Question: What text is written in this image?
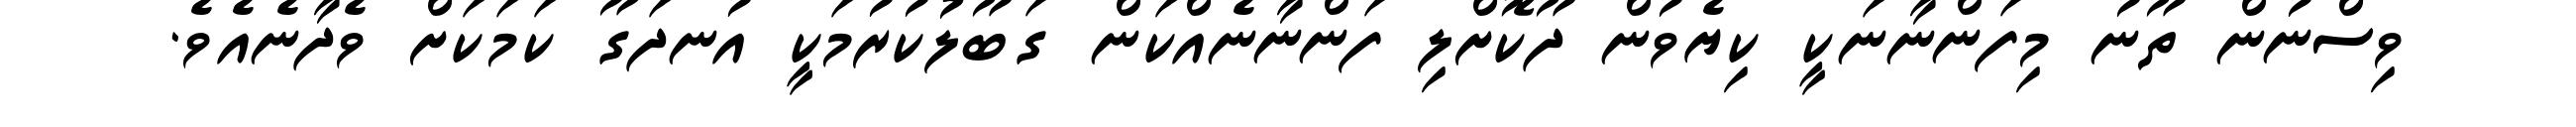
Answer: ވިސްނުން ތޫނު މިފަންނާނަކީ ކިޔެވުން ދޫކޮށްލި ފަންނާނެއްކަން ގަބޫލުކުރުމަކީ އުނދަގޫ ކަމަކަށް ވެދާނެއެވެ.